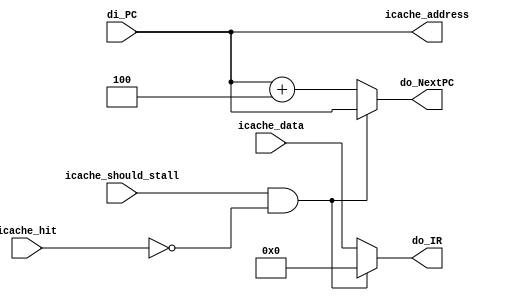
module qm_fetch(
    /// datapath
    // input PC to assume
    input wire [31:0] di_PC,
    // output instruction register
    output reg [31:0] do_IR,
    // output to next PC
    output reg [31:0] do_NextPC,

    // icache connectivity
    output wire [31:0] icache_address,
    input wire icache_hit,
    input wire icache_should_stall,
    input wire [31:0] icache_data
 );

assign icache_address = di_PC;

always @(*) begin
    if (icache_should_stall && !icache_hit) begin
        do_NextPC = di_PC;
        do_IR = 0;
    end else begin
        do_NextPC = di_PC + 4;
        do_IR = icache_data;
    end
end

endmodule